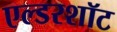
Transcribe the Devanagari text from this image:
एल्डरशॉट